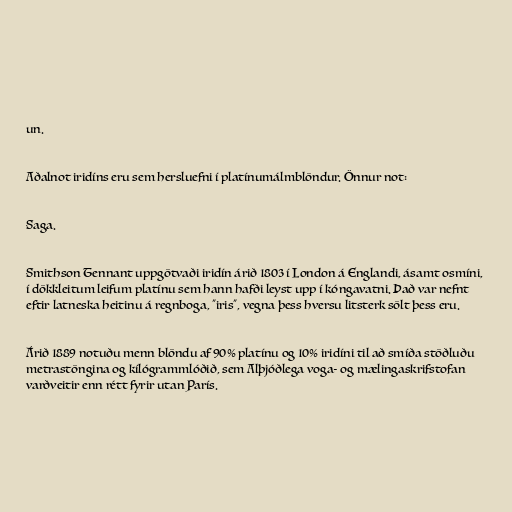
un.

Aðalnot iridíns eru sem hersluefni í platínumálmblöndur. Önnur not:

Saga.

Smithson Tennant uppgötvaði iridín árið 1803 í London á Englandi, ásamt osmíni,
í dökkleitum leifum platínu sem hann hafði leyst upp í kóngavatni. Það var nefnt
eftir latneska heitinu á regnboga, "iris", vegna þess hversu litsterk sölt þess eru.

Árið 1889 notuðu menn blöndu af 90% platínu og 10% iridíni til að smíða stöðluðu
metrastöngina og kílógrammlóðið, sem Alþjóðlega voga- og mælingaskrifstofan
varðveitir enn rétt fyrir utan París.